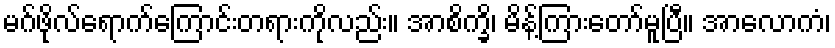
မဂ်ဖိုလ်ရောက်ကြောင်းတရားကိုလည်း။ အာစိက္ခိ၊ မိန့်ကြားတော်မူပြီ။ အာလောကံ၊